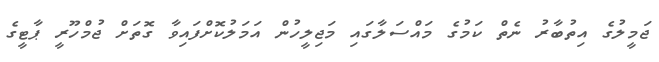
ޖަމީލުގެ އިތުބާރު ނެތް ކަމުގެ މައްސަލާގައި މަޖިލީހުން އަމަލުކޮށްފައިވާ ގޮތަށް ޖުމްހޫރީ ޕާޓީގެ